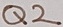
Text: Q2